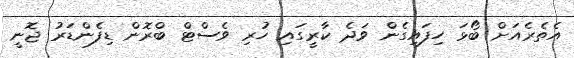
އެތެރެއަށް ބޯޅަ ހިފައިގެން ވަދެ ކާރީގައި ހުރި ވެސްޓް ބްރޮން ޑިފެންޑަރު ޖޮނީ